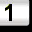
Digit: 1